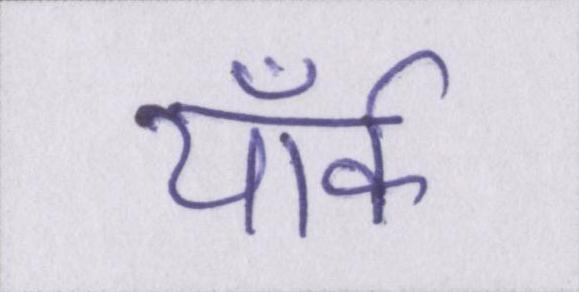
यॉर्क